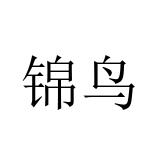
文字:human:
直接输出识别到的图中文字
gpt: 锦鸟